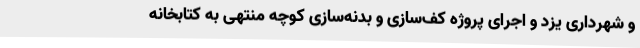
و شهرداری یزد و اجرای پروژه کف‌سازی و بدنه‌سازی کوچه منتهی به کتابخانه